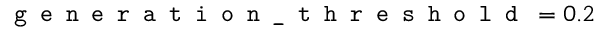
\texttt { g e n e r a t i o n \_ t h r e s h o l d } = 0 . 2